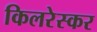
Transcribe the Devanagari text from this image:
किलरेस्कर